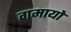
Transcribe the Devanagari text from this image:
गमायो